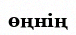
өңнің